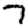
Digit: 7